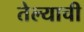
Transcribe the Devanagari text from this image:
तेल्याची